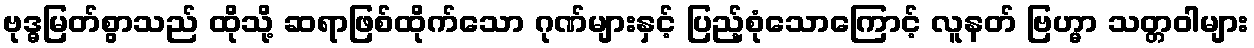
ဗုဒ္ဓမြတ်စွာသည် ထိုသို့ ဆရာဖြစ်ထိုက်သော ဂုဏ်များနှင့် ပြည့်စုံသောကြောင့် လူနတ် ဗြဟ္မာ သတ္တဝါများ